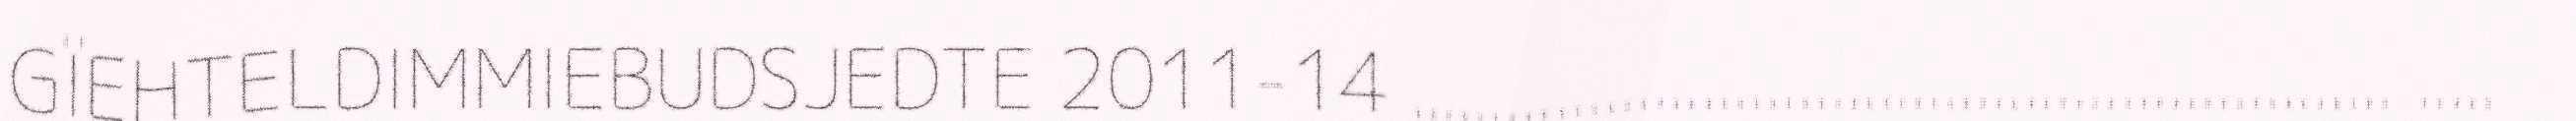
GÏEHTELDIMMIEBUDSJEDTE 2011-14 ............................................................. .....